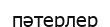
пәтерлер